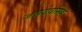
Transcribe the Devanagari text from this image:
जसदेवसिंह